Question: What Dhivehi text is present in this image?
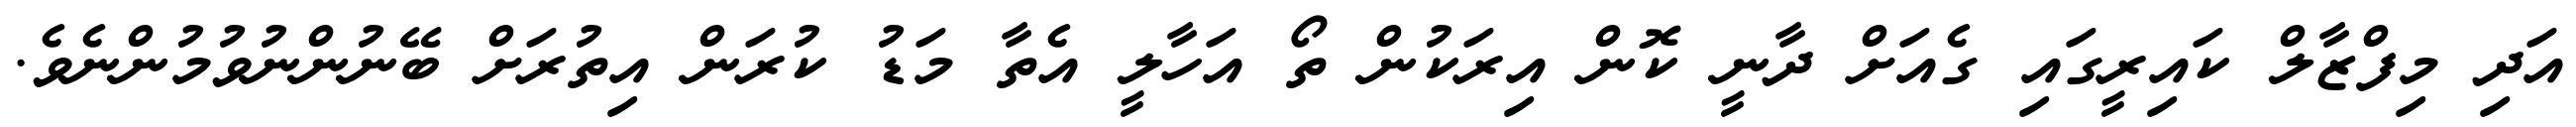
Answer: އަދި މިފްޒާލް ކައިރީގައި ގެއަށް ދާނީ ކޮން އިރަކުން ތޯ އަހާލީ އެތާ މަޑު ކުރަން އިތުރަށް ބޭނުންނުވުމުންނެވެ.